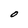
Character: O